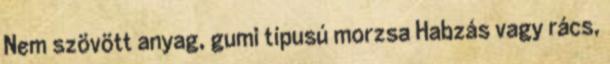
Nem szövött anyag, gumi típusú morzsa Habzás vagy rács,